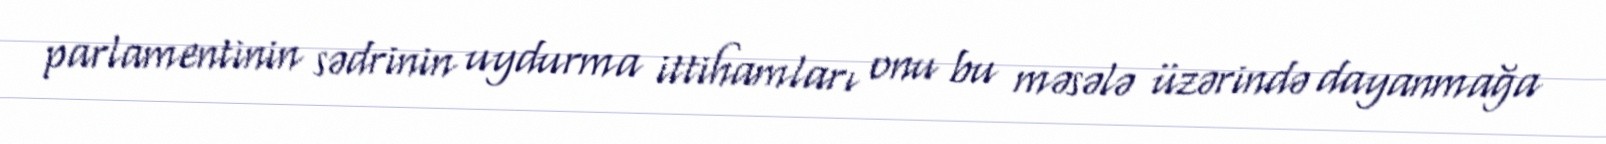
parlamentinin sədrinin uydurma ittihamları onu bu məsələ üzərində dayanmağa